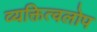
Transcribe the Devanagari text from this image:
व्यक्तित्वलोप